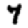
Digit: 7